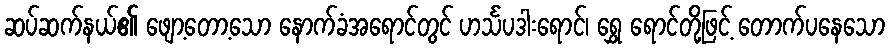
ဆပ်ဆက်နယ်၏ ဖျော့တော့သော နောက်ခံအရောင်တွင် ဟင်္သပဒါးရောင်၊ ရွှေ ရောင်တို့ဖြင့် တောက်ပနေသော